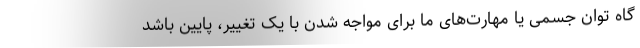
گاه توان جسمی یا مهارت‌های ما برای مواجه شدن با یک تغییر، پایین باشد